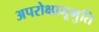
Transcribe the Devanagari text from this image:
अपरोक्षानूभुति